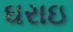
ઘરાઇ